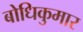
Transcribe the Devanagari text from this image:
बोधिकुमार